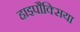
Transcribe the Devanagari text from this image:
हाइपौक्सिया